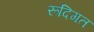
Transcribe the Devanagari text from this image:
रूदिगत